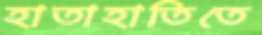
হাতাহাতিতে